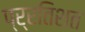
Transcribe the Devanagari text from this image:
प्र्रतिशत